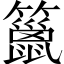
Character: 䉭